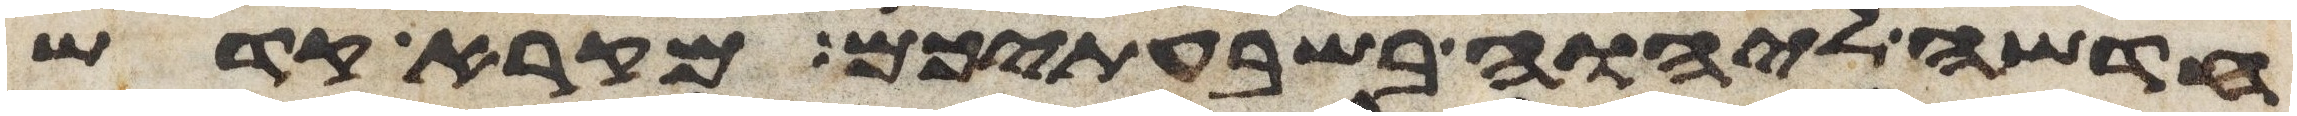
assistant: חדשה ליהוה בשבעתיכם מקרא קדש